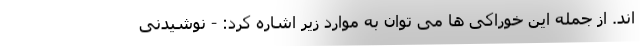
اند. از جمله این خوراکی ها می توان به موارد زیر اشاره کرد: - نوشیدنی